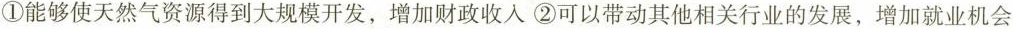
①能够使天然气资源得到大规模开发，增加财政收入 ②可以带动其他相关行业的发展，增加就业机会